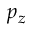
p _ { z }